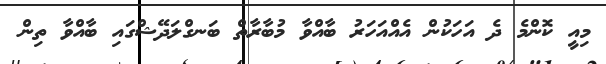
މިއީ ކޮންމެ ދެ އަހަކުން އެއްއަހަރު ބާއްވާ މުބާރާތް ބަނގްލަދޭޝްގައި ބާއްވާ ތިން